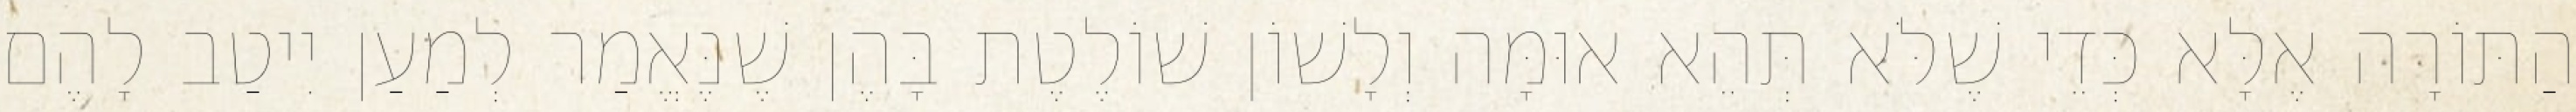
הַתּוֹרָה אֶלָּא כְּדֵי שֶׁלֹּא תְּהֵא אוּמָּה וְלָשׁוֹן שׁוֹלֶטֶת בָּהֶן שֶׁנֶּאֱמַר לְמַעַן יִיטַב לָהֶם